Civil Veterinary Department. Central Provinces & Berar 1932-41 - 1932-1941
Year: 1932
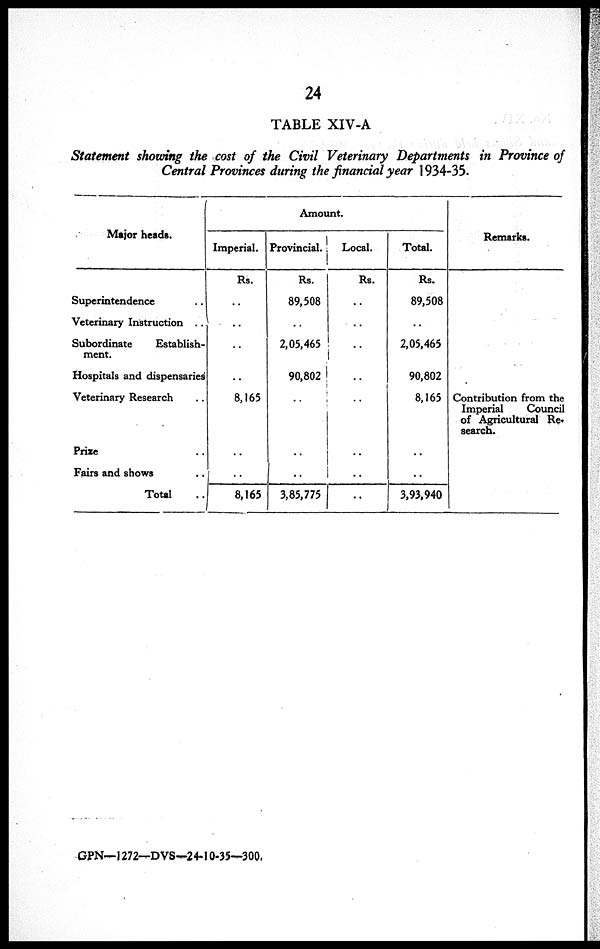
24
TABLE XIV-A
Statement showing the cost of the Civil Veterinary Departments in Province of
Central Provinces during the financial year 1934-35.
Major heads.
Superintendence ..
Veterinary Instruction ..
Subordinate
Establish-
ment.
Hospitals and dispensaries
Veterinary Research ..
Prize ..
Fairs and shows ..
Total ..
Amount.
Imperial.
Rs.
..
..
..
..
8,165
..
..
8,165
Provincial.
Rs.
89,508
..
2,05,465
90,802
..
..
..
3,85,775
Local.
Rs.
..
..
..
..
..
..
..
..
Total.
Rs.
89,508
..
2,05,465
90,802
8,165
..
..
3,93,940
Remarks.
Contribution from the
Imperial
Council
of Agricultural Re¬
search.
GPN—1272—DVS-24-10-35—300.